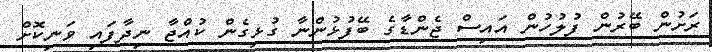
ރަށުން ބޭރުން ފުލުހުން އައިސް ޖެންޑާގެ ބޭފުޅުންނާ ގުޅިގެން ކުއްޖާ ނިދާފައި ވަނިކޮށް